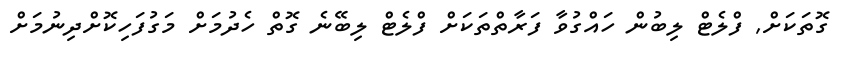
ގޮތަކަށް